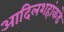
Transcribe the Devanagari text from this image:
आदिलशहांकडे